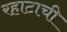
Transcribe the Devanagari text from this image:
रहाटाची